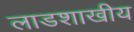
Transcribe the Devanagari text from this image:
लाडशाखीय